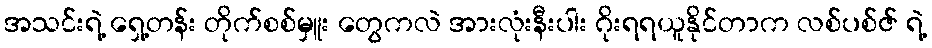
အသင်းရဲ့ ရှေ့တန်း တိုက်စစ်မှူး တွေကလဲ အားလုံးနီးပါး ဂိုးရရယူနိုင်တာက လစ်ပစ်ဇ် ရဲ့